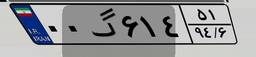
۰۰گ۶۱۴۵۱